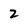
Character: 2